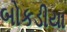
બોકડીયા